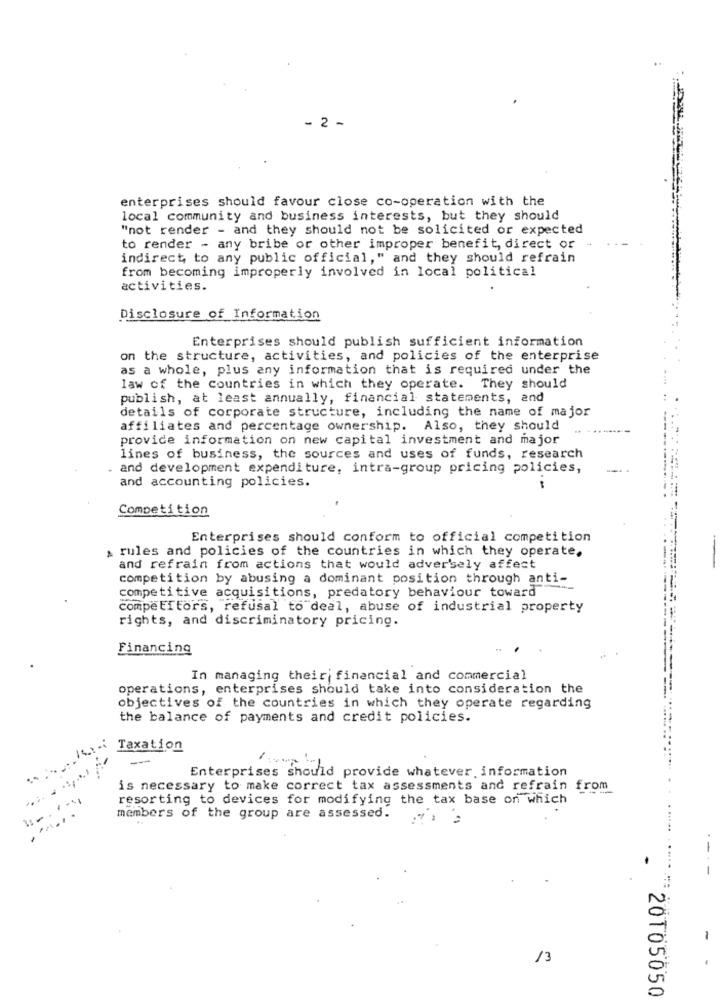
- 2 -
enterprises should favour close co-operation with the
local community and business interests, but they should
"not render - and they should not be solicited or expected
to render - any bribe or other improper benefit, direct or
indirect, to any public official," and they should refrain
from becoming improperly involved in local political
activities.
Disclosure of Information
Enterprises should publish sufficient information
on the structure, activities, and policies of the enterprise
as a whole, plus any information that is required under the
law of the countries in which they operate. They should
publish, at least annually, financial statements, and
details of corporate structure, including the name of major
affiliates and percentage ownership. Also, they should
provide information on new capital investment and major
lines of business, the sources and uses of funds, research
. and development expenditure, intra-group pricing policies,
and accounting policies.
-
Competition
Enterprises should conform to official competition
rules and policies of the countries in which they operate.
and refrain from actions that would adversely affect
-
competition by abusing a dominant position through anti-
competitive acquisitions, predatory behaviour toward
compeETtors, refusal to deal, abuse of industrial property
rights, and discriminatory pricing.
Financing
In managing their financial and commercial
operations, enterprises should take into consideration the
objectives of the countries in which they operate regarding
the balance of payments and credit policies.
Taxation
Enterprises should provide whatever information
is necessary to make correct tax assessments and refrain from
resorting to devices for modifying the tax base on which
members of the group are assessed.
.... ........:
13
20105050